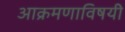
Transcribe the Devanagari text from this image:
आक्रमणाविषयी